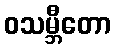
ဝသမ္ဘီတော